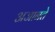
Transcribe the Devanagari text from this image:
अजानते